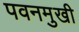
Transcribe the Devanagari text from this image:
पवनमुखी